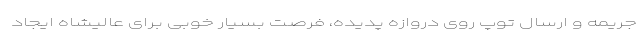
جریمه و ارسال توپ روی دروازه پدیده، فرصت بسیار خوبی برای عالیشاه ایجاد